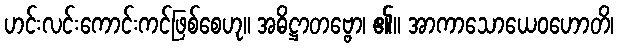
ဟင်းလင်းကောင်းကင်ဖြစ်စေဟု။ အဓိဋ္ဌာတဗ္ဗော၊ ၏။ အာကာသောယေဝဟောတိ၊